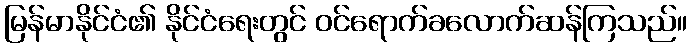
မြန်မာနိုင်ငံ၏ နိုင်ငံရေးတွင် ဝင်ရောက်ခလောက်ဆန်ကြသည်။